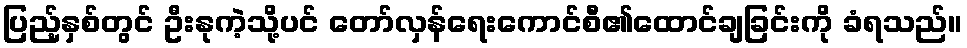
ပြည့်နှစ်တွင် ဦးနုကဲ့သို့ပင် တော်လှန်ရေးကောင်စီ၏ထောင်ချခြင်းကို ခံရသည်။